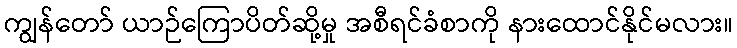
ကျွန်တော် ယာဉ်ကြောပိတ်ဆို့မှု အစီရင်ခံစာကို နားထောင်နိုင်မလား။